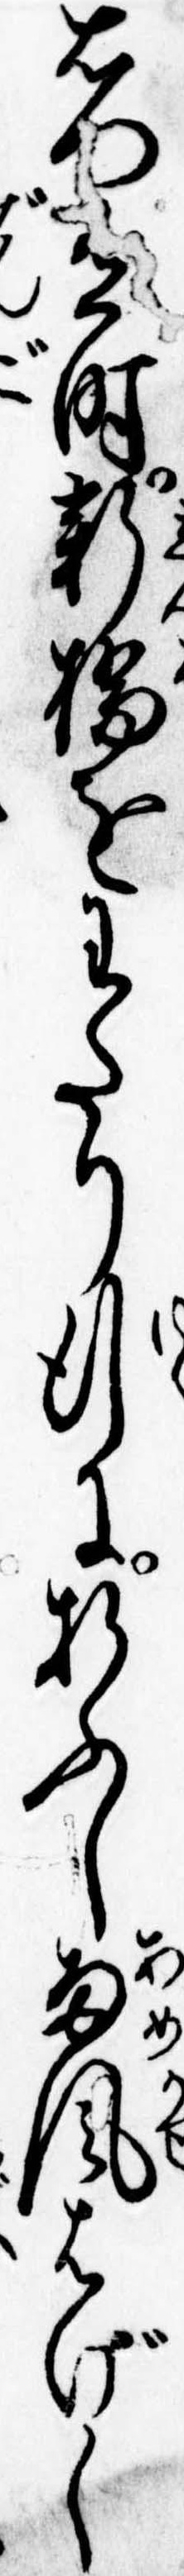
右門時新橋をわたり行に折ふし雨風はげし